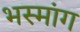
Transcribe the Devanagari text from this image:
भस्मांग